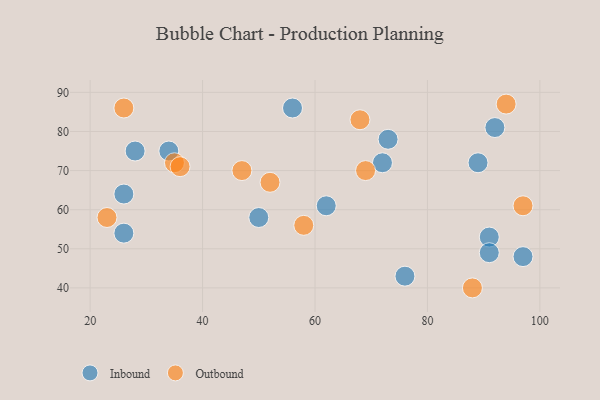
{"axis": {"x": "GDP", "y": "Life Expectancy"}, "legend": ["Inbound", "Outbound"], "data": [{"x": "92", "y": 81, "type": "Inbound"}, {"x": "91", "y": 53, "type": "Inbound"}, {"x": "91", "y": 49, "type": "Inbound"}, {"x": "89", "y": 72, "type": "Inbound"}, {"x": "34", "y": 75, "type": "Inbound"}, {"x": "28", "y": 75, "type": "Inbound"}, {"x": "56", "y": 86, "type": "Inbound"}, {"x": "26", "y": 54, "type": "Inbound"}, {"x": "97", "y": 48, "type": "Inbound"}, {"x": "26", "y": 64, "type": "Inbound"}, {"x": "76", "y": 43, "type": "Inbound"}, {"x": "50", "y": 58, "type": "Inbound"}, {"x": "73", "y": 78, "type": "Inbound"}, {"x": "62", "y": 61, "type": "Inbound"}, {"x": "72", "y": 72, "type": "Inbound"}, {"x": "35", "y": 72, "type": "Outbound"}, {"x": "68", "y": 83, "type": "Outbound"}, {"x": "23", "y": 58, "type": "Outbound"}, {"x": "26", "y": 86, "type": "Outbound"}, {"x": "58", "y": 56, "type": "Outbound"}, {"x": "52", "y": 67, "type": "Outbound"}, {"x": "88", "y": 40, "type": "Outbound"}, {"x": "97", "y": 61, "type": "Outbound"}, {"x": "69", "y": 70, "type": "Outbound"}, {"x": "36", "y": 71, "type": "Outbound"}, {"x": "94", "y": 87, "type": "Outbound"}, {"x": "47", "y": 70, "type": "Outbound"}]}